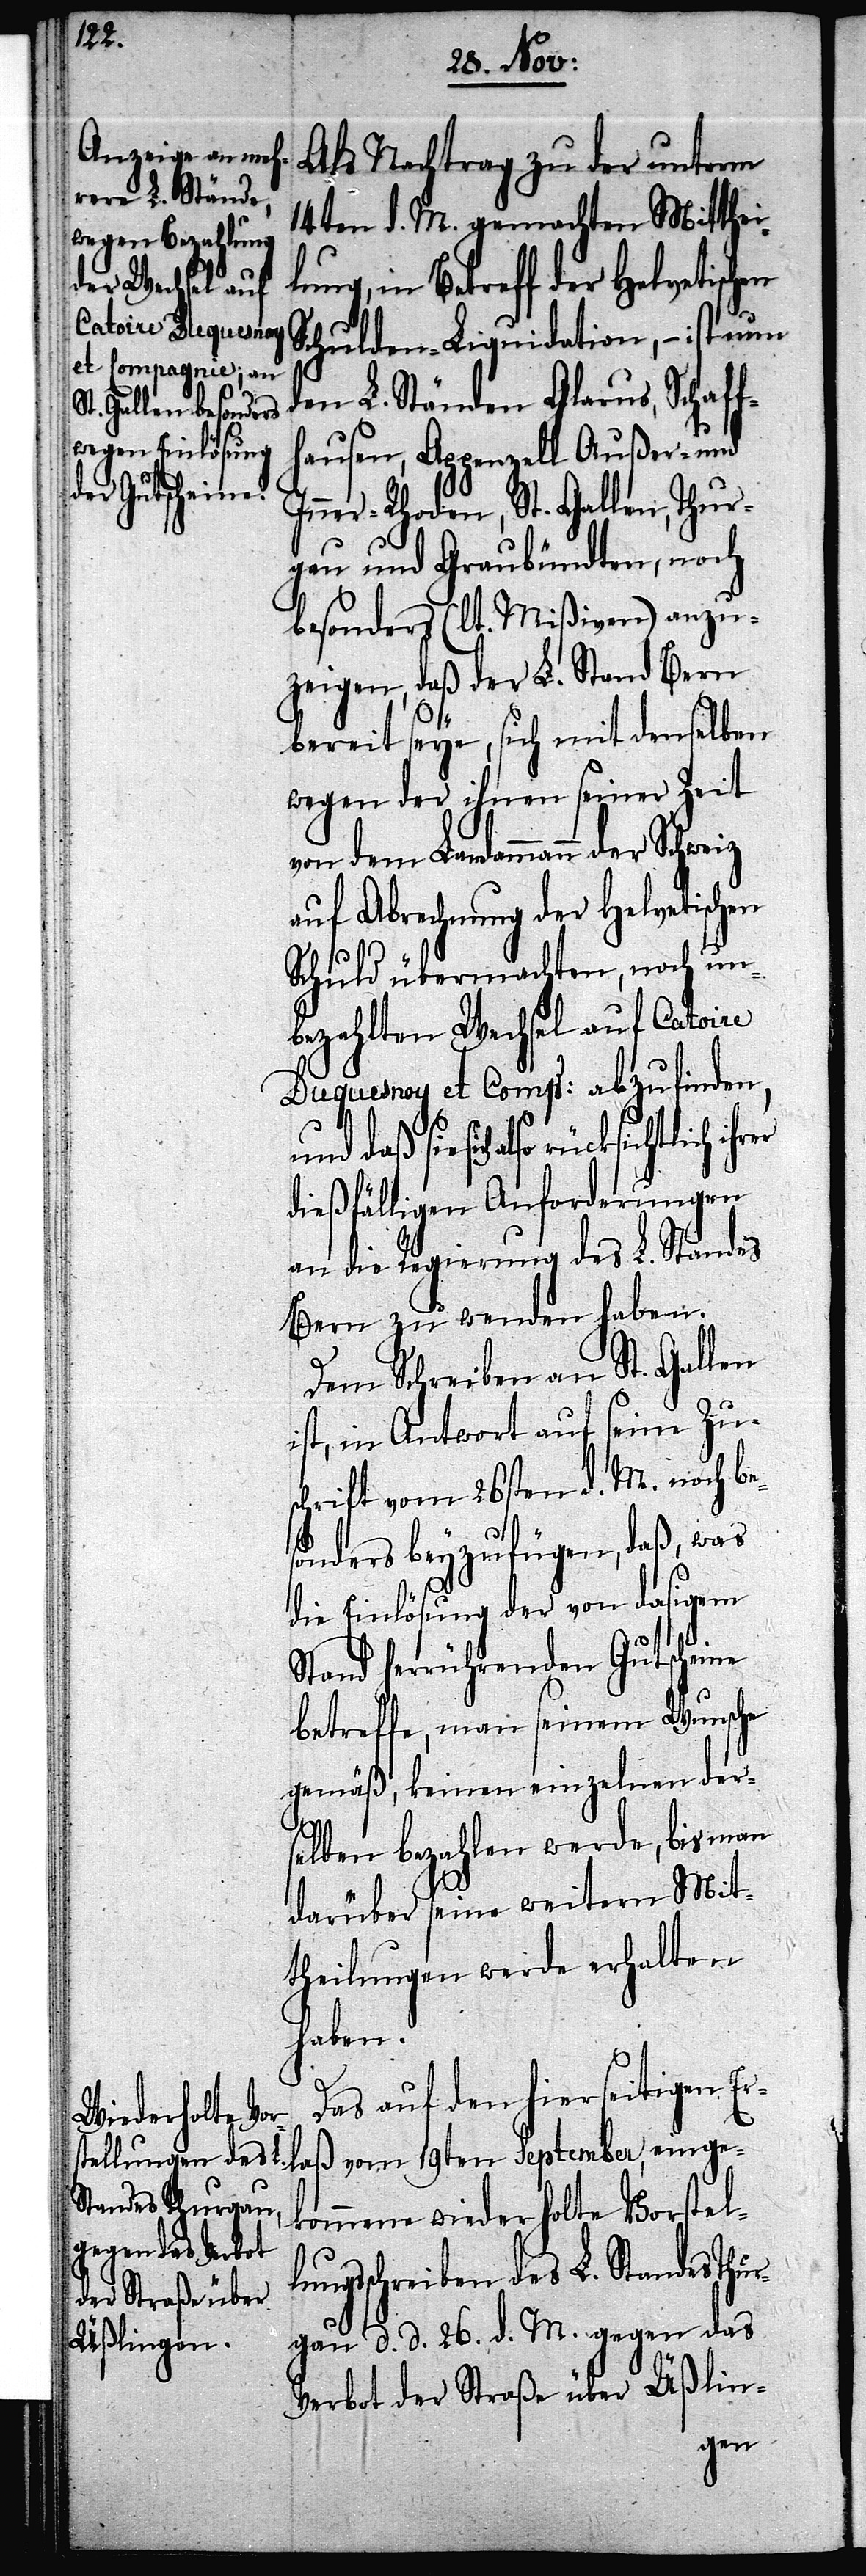
ur¬
Als Nachtrag
en
unterm
14ten d. M. gemachten Mitthei¬
ung, in Betreff der Helvetisch¬
Schulden-Liquidation, – ist nun
den L. Ständen Glarus, Schaff¬
hausen, Appenzell Außer- und
Inner-Rhoden, St. Gallen, Thur¬
gau und Graubündten, noch
besonders (lt. Mißiven) anzu¬
zeigen, daß der L. Stand Be¬
bereit seye, sich mit denselb¬
wegen der ihnen seiner
von dem Landammann der
auf Abrechnung der Helvetisch¬
Schuld übermachten,
bezahlten Wechsel auf Catoire
Duquesnoy et Comps: abzufinden,
daß sie sich also rücksichtlich
dießfälligen Anforderungen
an die Regierung des L. Standes
Bern zu wenden haben.
Dem Schreiben an St. Gallen
ist, in Antwort auf seine Zus¬
chrift vom 26sten d. M. noch bes¬
onders beyzufügen, daß, was
die Einlösung der von dasigem
Stand herrührenden Gutscheine
betreffe, man seinem Wunsche
gemäß, keinen einzelnen der¬
der
selben bezahlen werde, bis man
darüber seine weitern Mit¬
theilungen werde erhalten
haben.
Das auf den hierseitigen Er¬
kommene wiederholte Vorstel¬
ngsschreiben des L. Standes Th¬
gau d. d. 26. d. M. gegen das
einge¬
Verbot der Straße über Üßlin-